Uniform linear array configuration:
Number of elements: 12
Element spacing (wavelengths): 0.75
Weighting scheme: exponential
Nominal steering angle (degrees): -45
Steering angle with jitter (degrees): -44.108
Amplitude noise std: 0.05
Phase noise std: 0.05

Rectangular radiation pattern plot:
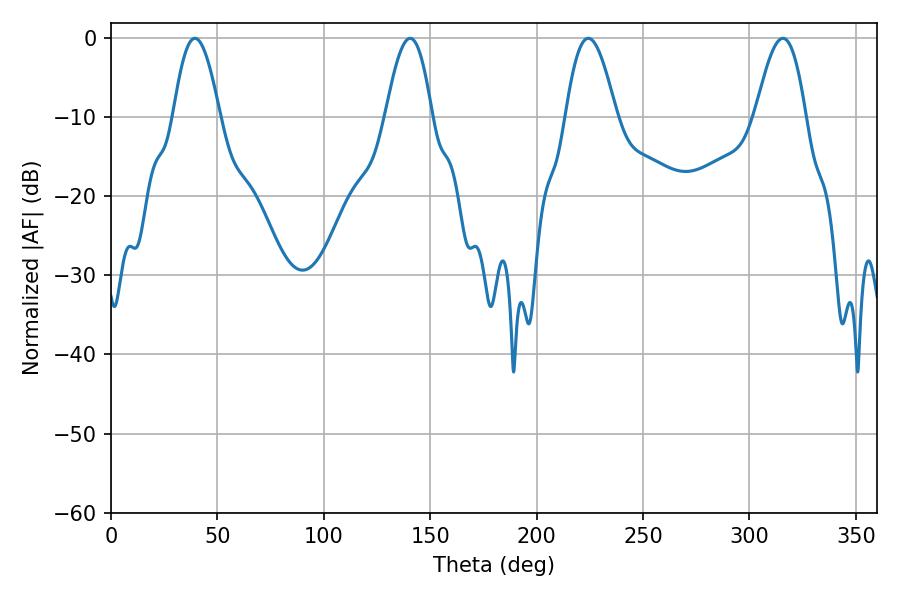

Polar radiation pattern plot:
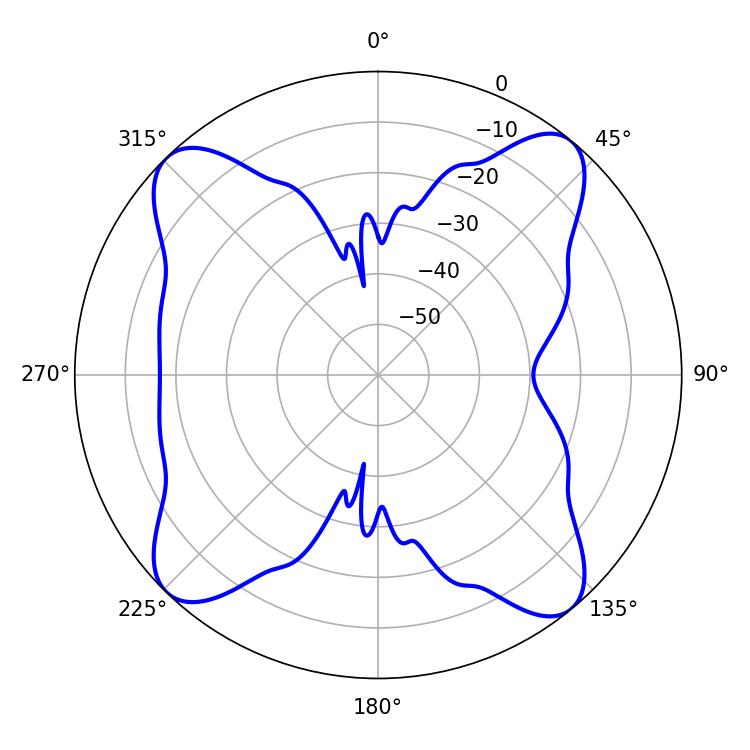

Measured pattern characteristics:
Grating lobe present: TRUE
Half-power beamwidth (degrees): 12.78
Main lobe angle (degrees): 224.28